Annual report of the Imperial Bacteriologist
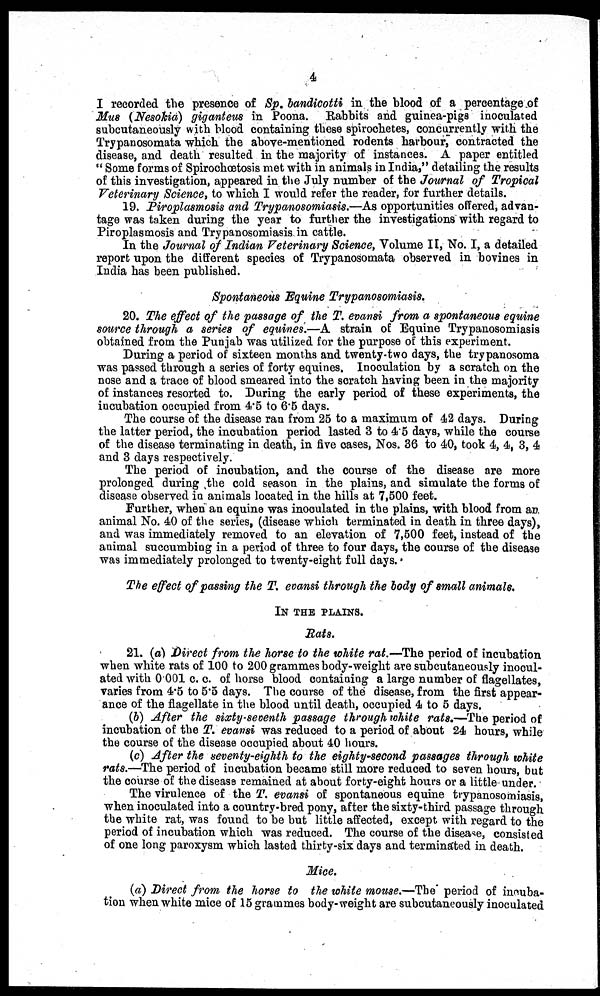
4
I recorded the presence of Sp. bandicotti in the blood of a percentage of
Mus (Nesokia) giganteus in Poona. Rabbits and guinea-pigs inoculated
subcutaneously with blood containing these spirochetes, concurrently with the
Trypanosomata which the above-mentioned rodents harbour, contracted the
disease, and death resulted in the majority of instances. A paper entitled
"Some forms of Spirochœtosis met with in animals in India," detailing the results
of this investigation, appeared in the July number of the Journal of Tropical
Veterinary Science, to which I would refer the reader, for further details.
19. Piroplasmosis and Trypanosomiasis.—As opportunities offered, advan-
tage was taken during the year to further the investigations with regard to
Piroplasmosis and Trypanosomiasis in cattle.
In the Journal of Indian Veterinary Science, Volume II, No. I, a detailed
report upon the different species of Trypanosomata observed in bovines in
India has been published.
Spontaneous Equine Trypanosomiasis.
20. The effect of the passage of the T. evansi from a spontaneous equine
source through a series of equines.—A strain of Equine Trypanosomiasis
obtained from the Punjab was utilized for the purpose of this experiment.
During a period of sixteen months and twenty-two days, the trypanosoma
was passed through a series of forty equines. Inoculation by a scratch on the
nose and a trace of blood smeared into the scratch having been in the majority
of instances resorted to. During the early period of these experiments, the
incubation occupied from 4.5 to 6.5 days.
The course of the disease ran from 25 to a maximum of 42 days. During
the latter period, the incubation period lasted 3 to 4.5 days, while the course
of the disease terminating in death, in five cases, Nos. 36 to 40, took 4, 4, 3, 4
and 3 days respectively.
The period of incubation, and the course of the disease are more
prolonged during the cold season in the plains, and simulate the forms of
disease observed in animals located in the hills at 7,500 feet.
Further, when an equine was inoculated in the plains, with blood from an
animal No. 40 of the series, (disease which terminated in death in three days),
and was immediately removed to an elevation of 7,500 feet, instead of the
animal succumbing in a period of three to four days, the course of the disease
was immediately prolonged to twenty-eight full days.
The effect of passing the T. evansi through the body of small animals.
IN THE PLAINS.
Rats.
21. (a) Direct from the horse to the white rat.—The period of incubation
when white rats of 100 to 200 grammes body-weight are subcutaneously inocul-
ated with 0.001 c. c. of horse blood containing a large number of flagellates,
varies from 4.5 to 5.5 days. The course of the disease, from the first appear-
ance of the flagellate in the blood until death, occupied 4 to 5 days.
(b) After the sixty-seventh passage through white rats.—The period of
incubation of the T. evansi was reduced to a period of about 24 hours, while
the course of the disease occupied about 40 hours.
(c) After the seventy-eighth to the eighty-second passages through white
rats.—The period of incubation became still more reduced to seven hours, but
the course of the disease remained at about forty-eight hours or a little under.
The virulence of the T. evansi of spontaneous equine trypanosomiasis,
when inoculated into a country-bred pony, after the sixty-third passage through
the white rat, was found to be but little affected, except with regard to the
period of incubation which was reduced. The course of the disease, consisted
of one long paroxysm which lasted thirty-six days and termináted in death.
Mice.
(a) Direct from the horse to the white mouse.—The period of incuba-
tion when white mice of 15 grammes body-weight are subcutaneously inoculated